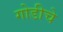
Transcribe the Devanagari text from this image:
गोडीचे